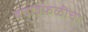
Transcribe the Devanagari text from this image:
बचावफळीचा